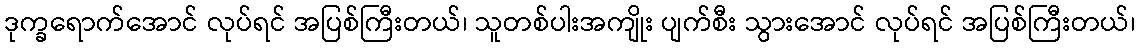
ဒုက္ခရောက်အောင် လုပ်ရင် အပြစ်ကြီးတယ်၊ သူတစ်ပါးအကျိုး ပျက်စီး သွားအောင် လုပ်ရင် အပြစ်ကြီးတယ်၊